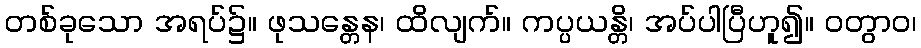
တစ်ခုသော အရပ်၌။ ဖုသန္တေန၊ ထိလျက်။ ကပ္ပယန္တိ၊ အပ်ပါပြီဟူ၍။ ဝတွာဝ၊